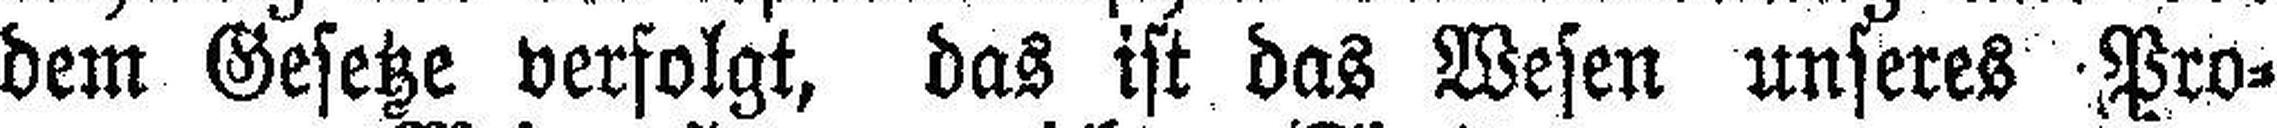
dem Gesetze verfolgt, das ist das Wesen unseres Pro¬